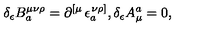
\delta _ { \epsilon } B _ { a } ^ { \mu \nu \rho } = \partial _ { } ^ { \left[ \mu \right. } \epsilon _ { a } ^ { \left. \nu \rho \right] } , \delta _ { \epsilon } A _ { \mu } ^ { a } = 0 ,